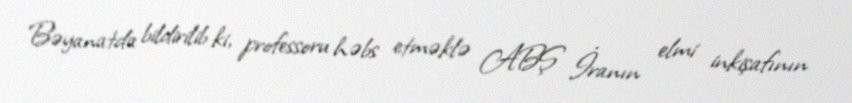
Bəyanatda bildirilib ki, professoru həbs etməklə ABŞ İranın elmi inkişafının